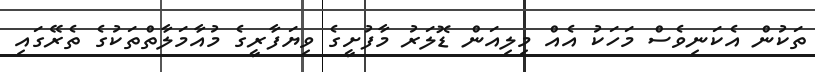
ތަކުން އެކަނިވެސް މަހަކު އެއް މިލިއަން ޑޮލަރު މާފުށީގެ ވިޔަފާރީގެ މުއާމަލާތްތަކުގެ ތެރޭގައި